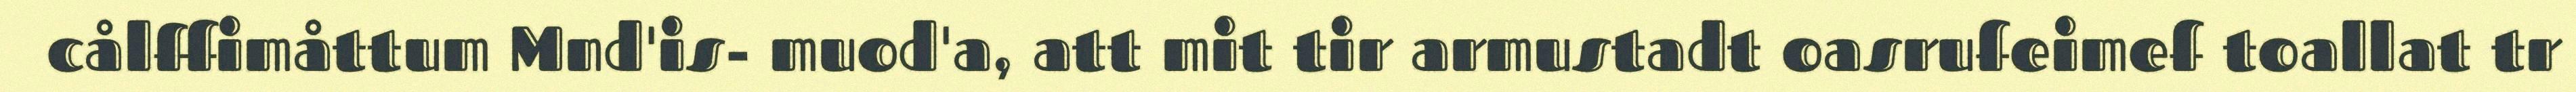
cålffimåttum Mnd'is- muod'a, att mit tir armustadt oasrufeimef toallat tr